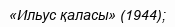
«Ильус қаласы» (1944);